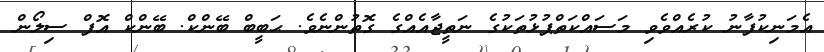
އެމަނިކުފާނު ކުރެއްވެވި މަސައްކަތްޕުޅުތަކުގެ ނަތީޖާއެއްގެ ގޮތުންނެވެ. ޙަބީބް ބޭންކް. ބޭންކް އޮފް ސިލޯން